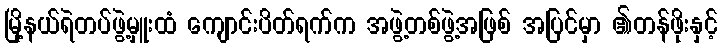
မြို့နယ်ရဲတပ်ဖွဲ့မှူးထံ ကျောင်းပိတ်ရက်က အဖွဲ့တစ်ဖွဲ့အဖြစ် အပြင်မှာ ၏တန်ဖိုးနှင့်